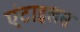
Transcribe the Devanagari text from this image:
एंटाइलस